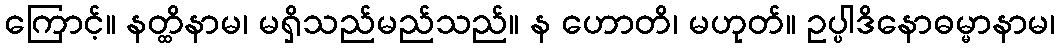
ကြောင့်။ နတ္ထိနာမ၊ မရှိသည်မည်သည်။ န ဟောတိ၊ မဟုတ်။ ဥပ္ပါဒိနောဓမ္မာနာမ၊